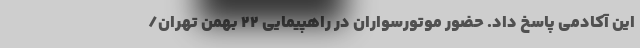
این آکادمی پاسخ داد. حضور موتورسواران در راهپیمایی ٢٢ بهمن تهران/